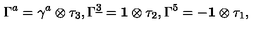
\Gamma ^ { a } = \gamma ^ { a } \otimes { \tau _ { 3 } } , \Gamma ^ { \underline { { 3 } } } = { \bf 1 } \otimes { \tau _ { 2 } } , \Gamma ^ { 5 } = - { \bf 1 } \otimes { \tau _ { 1 } } ,